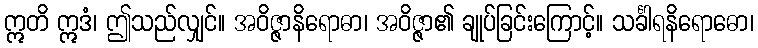
ဣတိ ဣဒံ၊ ဤသည်လျှင်။ အဝိဇ္ဇာနိရောဓာ၊ အဝိဇ္ဇာ၏ ချုပ်ခြင်းကြောင့်။ သင်္ခါရနိရောဓော၊